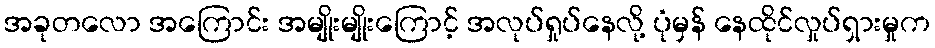
အခုတလော အကြောင်း အမျိုးမျိုးကြောင့် အလုပ်ရှုပ်နေလို့ ပုံမှန် နေထိုင်လှုပ်ရှားမှုက